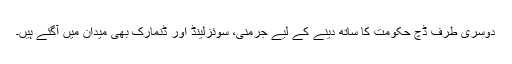
دوسری طرف ڈچ حکومت کا ساتھ دینے کے لیے جرمنی، سوئزلینڈ اور ڈنمارک بھی میدان میں آگئے ہیں۔